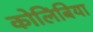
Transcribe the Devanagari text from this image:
कोलिंबिया